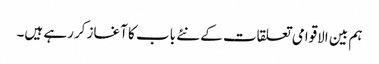
ہم بین الاقوامی تعلقات کے نئے باب کا آغاز کررہے ہیں۔